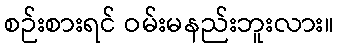
စဉ်းစားရင် ဝမ်းမနည်းဘူးလား။